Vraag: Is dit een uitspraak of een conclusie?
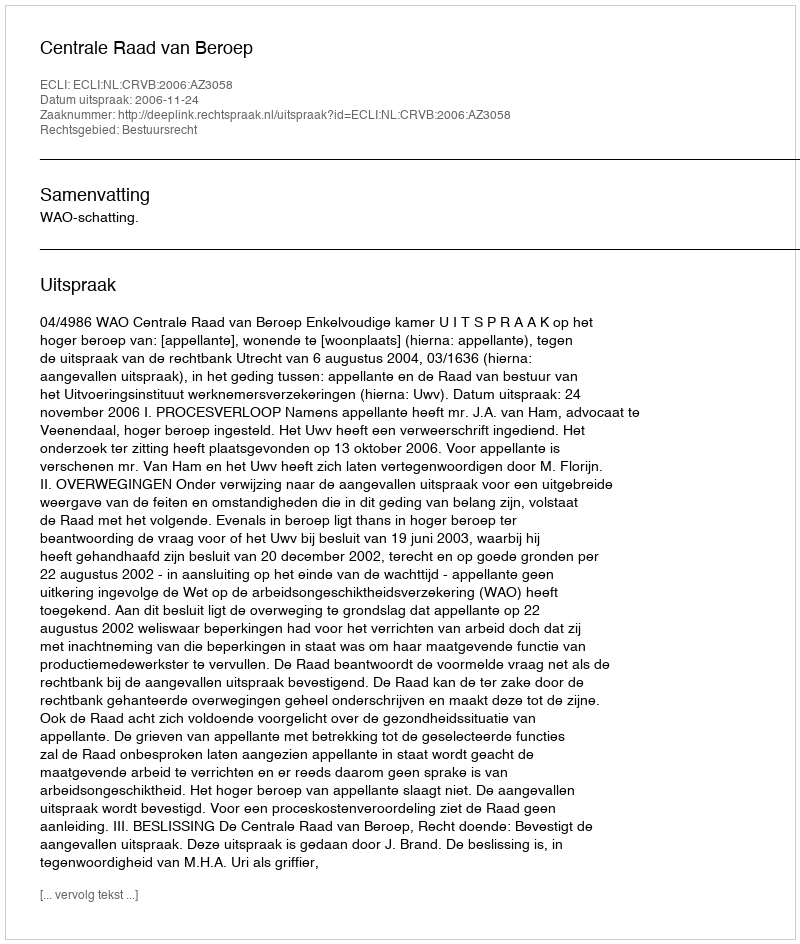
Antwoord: Uitspraak